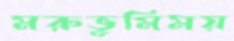
মরুভূমিময়